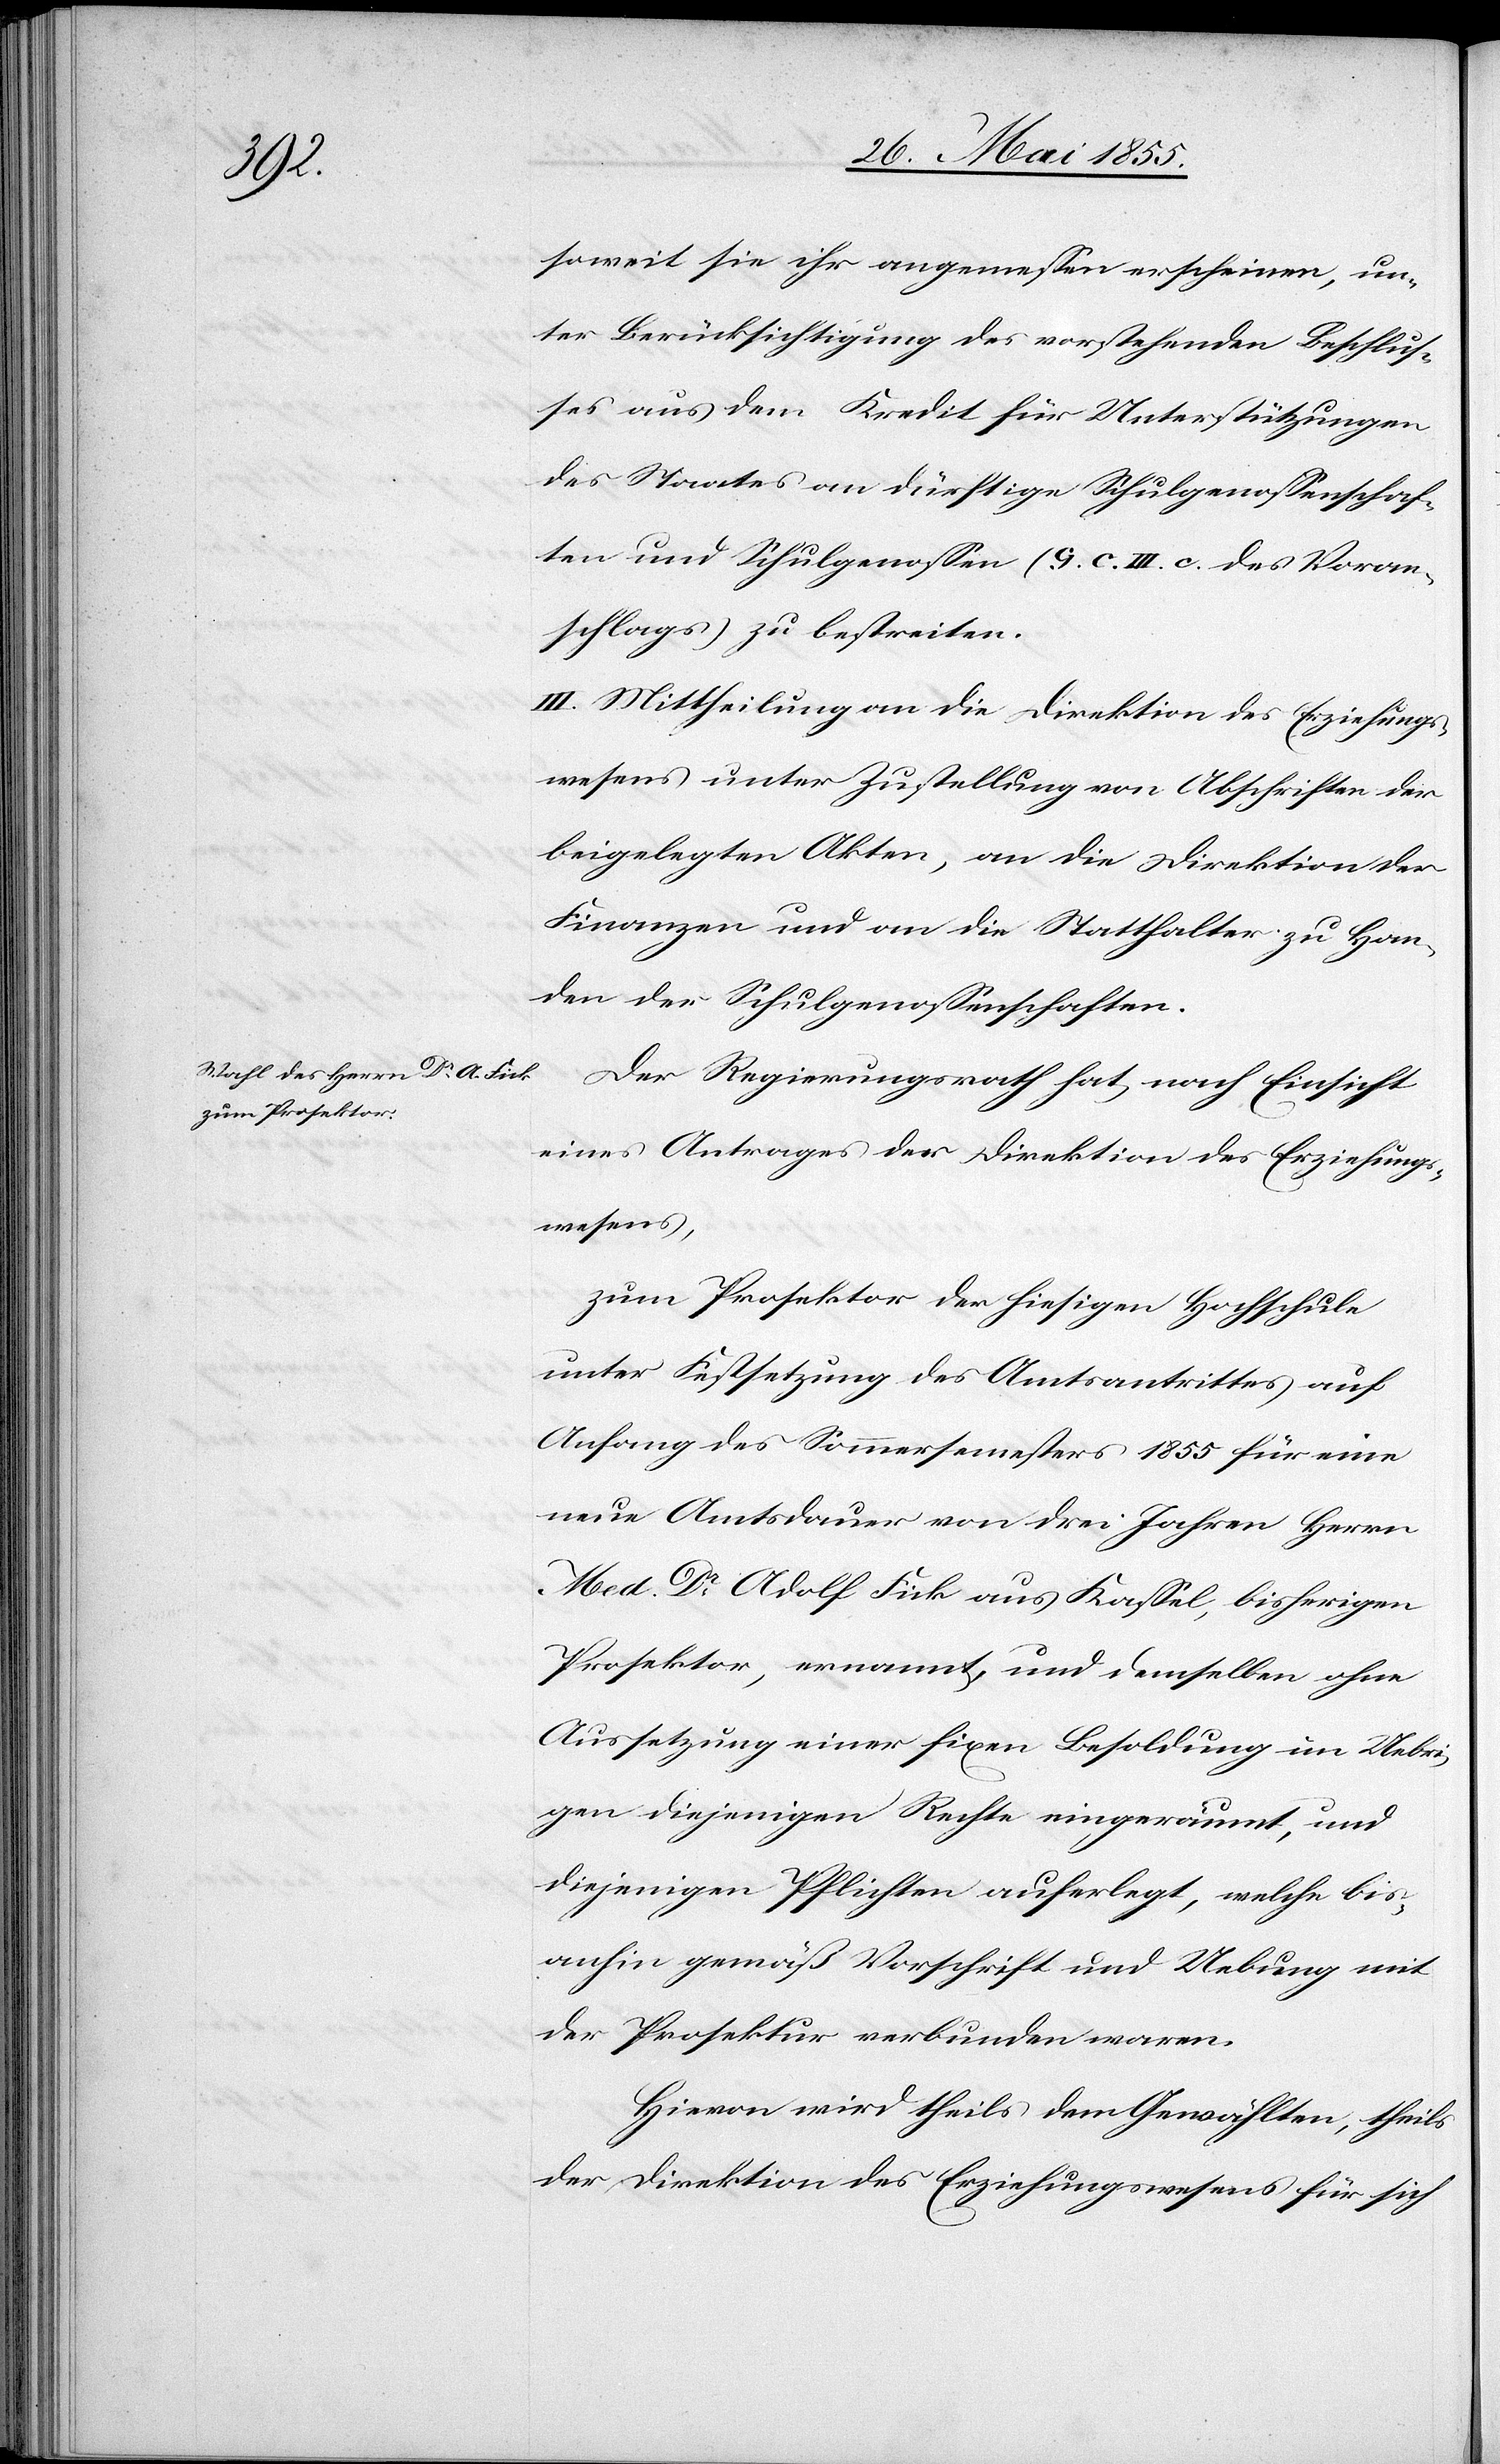
soweit sie ihr angemessen erscheinen, un¬
ter Berücksichtigung des vorstehenden Beschlus¬
ses aus dem Kredit für Unterstützungen
des Staates an dürftige Schulgenossenschaf¬
ten und Schulgenossen (G. C. III. c. des Voran¬
schlags) zu bestreiten.
III. Mittheilung an die Direktion des Erziehungs¬
wesens unter Zustellung von Abschriften der
beigelegten Akten, an die Direktion der
Finanzen und an die Statthalter zu Han¬
den der Schulgenossenschaften.
Der Regierungsrath hat, nach Einsicht
eines Antrages der Direktion des Erziehungs¬
wesens,
zum Prosektor der hiesigen Hochschule
unter Festsetzung des Amtsantrittes auf
Anfang des Sommersemesters 1855 für eine
neue Amtsdauer von drei Jahren Herrn
Med. Dr Adolf Fick aus Kassel, bisherigen
Prosektor, ernannt, und demselben ohne
Aussetzung einer fixen Besoldung im Uebri¬
gen diejenigen Rechte eingeräumt, und
diejenigen Pflichten auferlegt, welche bis¬
anhin gemäß Vorschrift und Uebung mit
der Prosektur verbunden waren.
Hievon wird theils dem Gewählten, theils
der Direktion des Erziehungswesens für sich